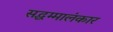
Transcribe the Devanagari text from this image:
सद्धम्मालंकार